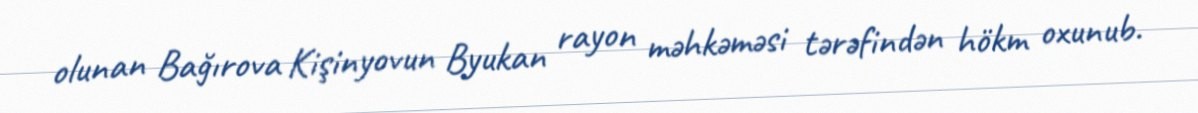
olunan Bağırova Kişinyovun Byukan rayon məhkəməsi tərəfindən hökm oxunub.